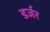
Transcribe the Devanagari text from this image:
डर्जर